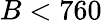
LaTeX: B<760